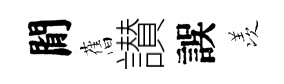
閒𦾔讃誤羡